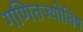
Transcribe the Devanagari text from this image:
गणितज्योतिष